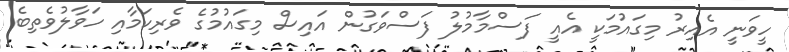
ހީވަނީ އެއިރު މިގައުމަކީ އެއީ ފަސްމާމުލު ފަސްވަގުން އައިސް މިގައުމުގެ ވެރިކަމާއި ހަވާލުވެތިބެ